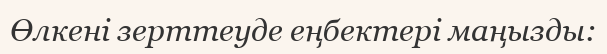
Өлкені зерттеуде еңбектері маңызды: